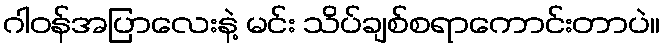
ဂါဝန်အပြာလေးနဲ့ မင်း သိပ်ချစ်စရာကောင်းတာပဲ။